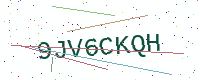
Text: 9JV6CKQH